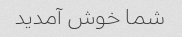
شما خوش آمدید